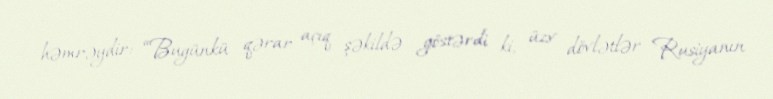
həmrəydir: “Bugünkü qərar açıq şəkildə göstərdi ki, üzv dövlətlər Rusiyanın